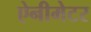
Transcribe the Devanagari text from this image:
ऐनीमेटर